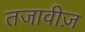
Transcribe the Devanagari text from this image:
तजावीज़